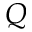
Q